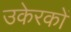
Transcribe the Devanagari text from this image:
उकेरकों